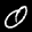
Label: 0